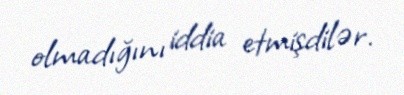
olmadığını iddia etmişdilər.